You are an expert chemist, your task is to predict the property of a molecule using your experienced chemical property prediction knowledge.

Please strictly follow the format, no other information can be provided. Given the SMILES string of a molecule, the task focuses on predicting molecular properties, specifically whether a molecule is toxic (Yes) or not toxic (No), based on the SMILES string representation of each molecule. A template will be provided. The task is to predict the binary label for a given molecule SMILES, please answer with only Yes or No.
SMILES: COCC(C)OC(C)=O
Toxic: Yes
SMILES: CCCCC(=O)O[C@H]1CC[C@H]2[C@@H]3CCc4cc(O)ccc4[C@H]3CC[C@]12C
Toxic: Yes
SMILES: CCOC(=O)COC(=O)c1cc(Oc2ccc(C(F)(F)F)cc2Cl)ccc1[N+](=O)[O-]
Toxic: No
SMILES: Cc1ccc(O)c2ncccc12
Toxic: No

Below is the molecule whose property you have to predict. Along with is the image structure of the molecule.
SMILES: Nc1ccc(-c2ccc(N)cc2)cc1
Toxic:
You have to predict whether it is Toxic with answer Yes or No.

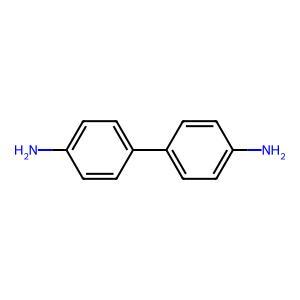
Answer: No